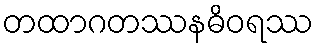
တထာဂတဿနဓိဝရဿ